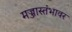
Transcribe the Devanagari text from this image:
मज्जास्तंभावर